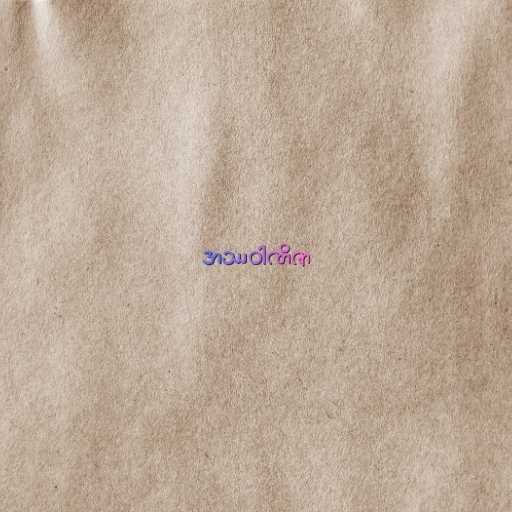
အဿဝါဏိဇာ